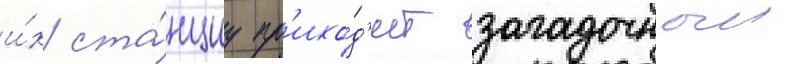
и́х ста́нциу пр'ихо́д'ит загадочныи